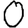
Digit: 0